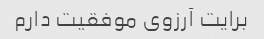
برایت آرزوی موفقیت دارم